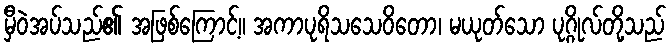
မှီဝဲအပ်သည်၏ အဖြစ်ကြောင့်။ အကာပုရိသသေဝိတော၊ မယုတ်သော ပုဂ္ဂိုလ်တို့သည်